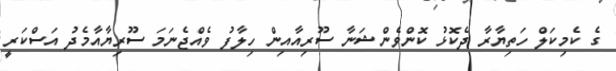
ގެ ކެމިކަލް ހަތިޔާރާ ދެކޮޅު ކޮންވެންޝަނާ ސޫރިއާއިން ހިލާފު ވެއްޖެނަމަ ސޫރިޔާއާމެދު އަސްކަރީ